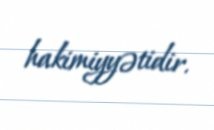
hakimiyyətidir.